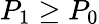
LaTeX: P_{1}\ge P_{0}